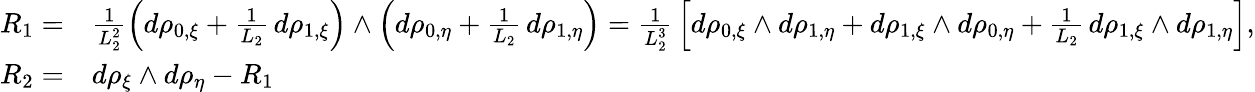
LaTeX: \begin{array}{rl}{R_{1}=}&{\frac{1}{L_{2}^{2}}\left(d\rho_{0,\xi}+\frac{1}{L_{2}}\, d\rho_{1,\xi}\right)\wedge\left(d\rho_{0,\eta}+\frac{1}{L_{2}}\, d\rho_{1,\eta}\right)=\frac{1}{L_{2}^{3}}\, \left[d\rho_{0,\xi}\wedge d\rho_{1,\eta}+d\rho_{1,\xi}\wedge d\rho_{0,\eta}+\frac{1}{L_{2}}\, d\rho_{1,\xi}\wedge d\rho_{1,\eta}\right],}\\ {R_{2}=}&{d\rho_{\xi}\wedge d\rho_{\eta}-R_{1}}\end{array}